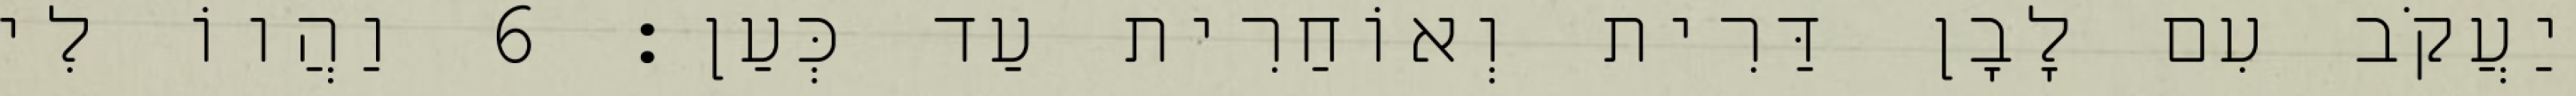
יַעֲקֹב עִם לָבָן דַּרִית וְאוֹחַרִית עַד כְּעַן׃ 6 וַהֲווֹ לִי